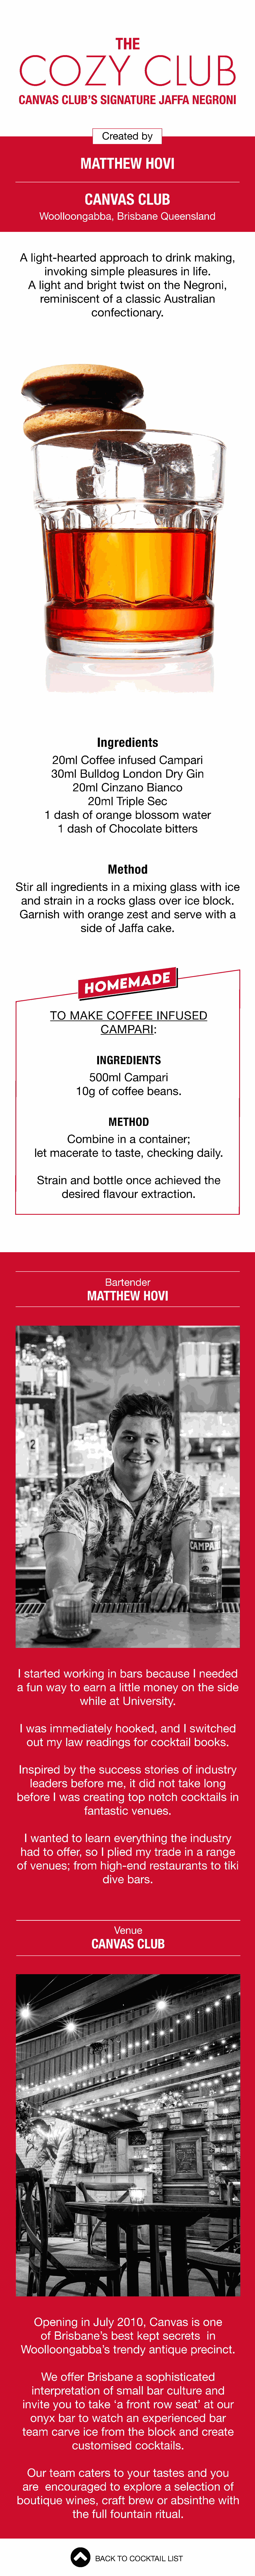
THE
 COZY                                    CLUB
 CANVAS        CLUB’S      SIGNATURE          JAFFA      NEGRONI
 Created      by
 MATTHEW              HOVI
 CANVAS           CLUB
 Woolloongabba,           Brisbane      Queensland
 A   light-hearted         approach         to  drink     making,
 invoking       simple      pleasures        in  life.
 A   light   and    bright     twist    on   the   Negroni,
 reminiscent         of  a  classic      Australian
 confectionary.
 Ingredients
 20ml     Coffee      infused      Campari
 30ml     Bulldog      London        Dry    Gin
 20ml      Cinzano       Bianco
 20ml      Triple   Sec
 1  dash      of  orange      blossom         water
 1  dash     of  Chocolate         bitters
 Method
 Stir   all ingredients         in  a  mixing      glass    with    ice
 and    strain    in  a  rocks     glass     over    ice   block.
 Garnish       with    orange       zest    and    serve     with    a
 side    of  Jaffa    cake.
 TO    MAKE        COFFEE          INFUSED
 CAMPARI:
 INGREDIENTS
 500ml      Campari
 10g     of  coffee     beans.
 METHOD
 Combine         in  a  container;
 let  macerate         to  taste,    checking        daily.
 Strain     and    bottle     once     achieved        the
 desired      flavour     extraction.
 Bartender
 MATTHEW           HOVI
 I started     working        in  bars    because        I needed
 a  fun    way    to   earn    a  little  money       on    the   side
 while    at  University.
 I was     immediately          hooked,        and    I switched
 out   my    law    readings       for   cocktail     books.
 Inspired      by    the   success        stories     of  industry
 leaders      before     me,     it did   not   take     long
 before      I was     creating      top    notch     cocktails       in
 fantastic      venues.
 I wanted       to  learn     everything        the   industry
 had    to  offer,   so    I plied    my    trade    in  a  range
 of   venues;       from    high-end        restaurants         to  tiki
 dive    bars.
 Venue
 CANVAS         CLUB
 Opening        in  July    2010,     Canvas        is one
 of  Brisbane’s         best    kept    secrets        in
 Woolloongabba’s              trendy      antique      precinct.
 We     offer   Brisbane        a  sophisticated
 interpretation         of   small    bar    culture     and
 invite    you    to  take     ‘a  front   row     seat’    at  our
 onyx     bar   to   watch      an   experienced          bar
 team      carve     ice   from    the   block      and    create
 customised           cocktails.
 Our    team     caters      to  your    tastes     and     you
 are    encouraged           to   explore      a  selection       of
 boutique        wines,      craft   brew      or  absinthe       with
 the    full fountain       ritual.
 BACK   TO  COCKTAIL    LIST